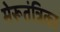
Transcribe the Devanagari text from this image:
मेरूतंत्रिका